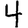
Digit: 4